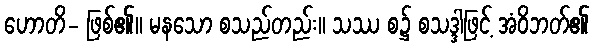
ဟောတိ- ဖြစ်၏။ မနသော စသည်တည်း။ သဿ စ၌ စသဒ္ဒါဖြင့် အံဝိဘတ်၏